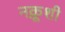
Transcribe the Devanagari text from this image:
नक़ूशी